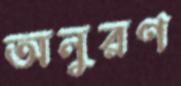
অনুরণ